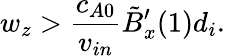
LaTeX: w_{z}>\frac{c_{A0}}{v_{in}}\tilde{B}_{x}^{\prime}(1)d_{i}.